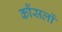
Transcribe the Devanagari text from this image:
कौंसलों